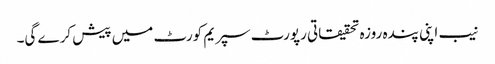
نیب اپنی پندہ روزہ تحقیقاتی رپورٹ سپریم کورٹ میں پیش کرے گی۔